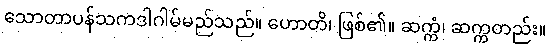
သောတာပန်သကဒါဂါမ်မည်သည်။ ဟောတိ၊ ဖြစ်၏။ ဆက္ကံ၊ ဆက္ကတည်း။